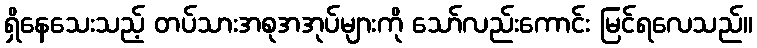
ရှိနေသေးသည့် တပ်သားအစုအအုပ်များကို သော်လည်းကောင်း မြင်ရလေသည်။